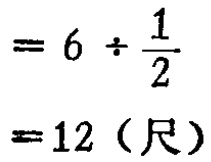
\[

\begin{align*}

&= 6\div\frac{1}{2}\\

&= 12 (\text{尺})

\end{align*}

\]